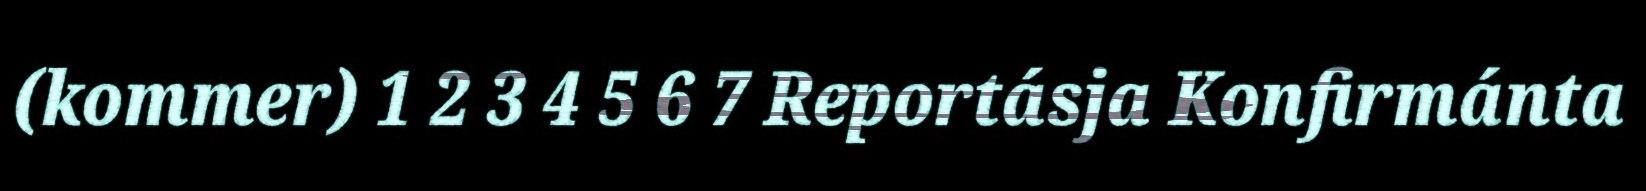
(kommer) 1 2 3 4 5 6 7 Reportásja Konfirmánta